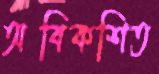
অবিকশিত